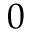
0